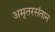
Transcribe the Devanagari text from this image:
अमृतरसंतान